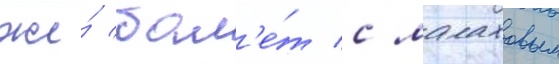
же́ бал'е́т с малаховым